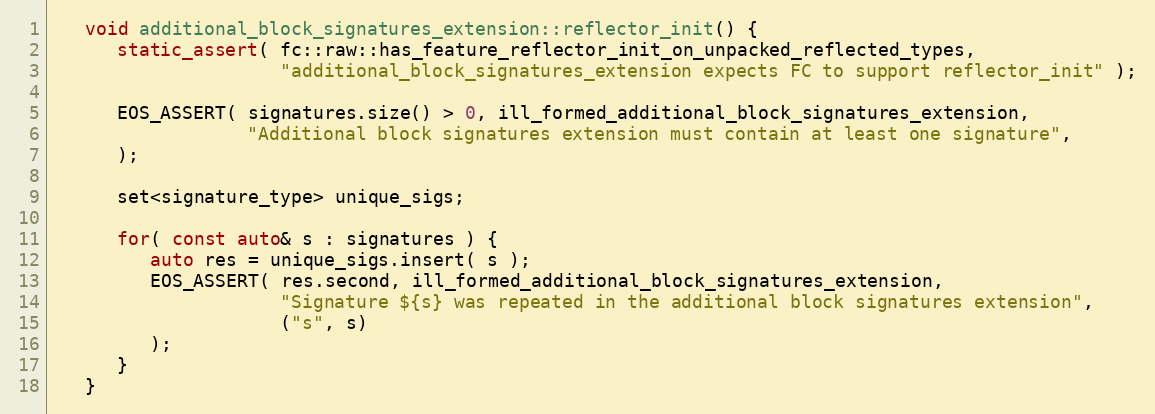
Language: C++
   void additional_block_signatures_extension::reflector_init() {
      static_assert( fc::raw::has_feature_reflector_init_on_unpacked_reflected_types,
                     "additional_block_signatures_extension expects FC to support reflector_init" );

      EOS_ASSERT( signatures.size() > 0, ill_formed_additional_block_signatures_extension,
                  "Additional block signatures extension must contain at least one signature",
      );

      set<signature_type> unique_sigs;

      for( const auto& s : signatures ) {
         auto res = unique_sigs.insert( s );
         EOS_ASSERT( res.second, ill_formed_additional_block_signatures_extension,
                     "Signature ${s} was repeated in the additional block signatures extension",
                     ("s", s)
         );
      }
   }